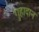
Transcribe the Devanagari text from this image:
गुहादान